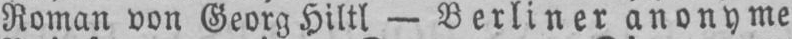
Roman von Georg Hiltl - Berliner anonyme